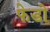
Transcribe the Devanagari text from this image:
फेडो